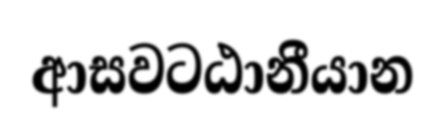
ආසවටඨානීයාන